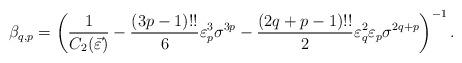
LaTeX: \begin{align*}\beta_{q,p}=\left(\frac{1}{C_{2}(\vec{\varepsilon})}-\frac{(3p-1)!!}{6} \varepsilon_{p}^{3}\sigma^{3p}-\frac{(2q+p-1)!!}{2}\varepsilon_{q}^{2} \varepsilon_{p} \sigma^{2q+p}\right)^{-1}.\end{align*}